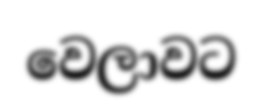
වෙලාවට